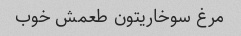
مرغ سوخاریتون طعمش خوب